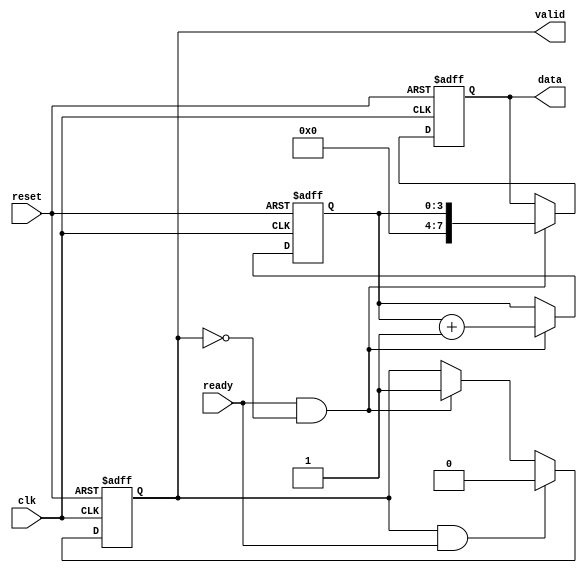
module producer (
    input wire clk,
    input wire reset,
    output reg valid,
    output reg [7:0] data,
    input wire ready
);
    // State variables
    reg [3:0] count;

    always @(posedge clk or posedge reset) begin
        if (reset) begin
            valid <= 0;
            data <= 8'b0;
            count <= 0;
        end else begin
            // Produce data and assert valid when ready is high
            if (ready && !valid) begin
                data <= count; // Example data generation
                valid <= 1;    // Assert valid signal
                count <= count + 1; // Increment count for next data
            end
            
            // Deassert valid after data is sent
            if (valid && ready) begin
                valid <= 0; // Deassert valid after consumer reads
            end
        end
    end
endmodule